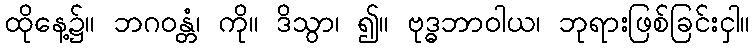
ထိုနေ့၌။ ဘဂဝန္တံ၊ ကို။ ဒိသွာ၊ ၍။ ဗုဒ္ဓဘာဝါယ၊ ဘုရားဖြစ်ခြင်းငှါ။